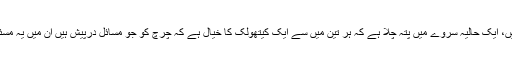
لیکن امریکہ میں، ایک حالیہ سروے میں پتہ چلا ہے کہ ہر تین میں سے ایک کیتھولک کا خیال ہے کہ چرچ کو جو مسائل درپیش ہیں ان میں یہ مسئلہ اہم ترین ہے۔